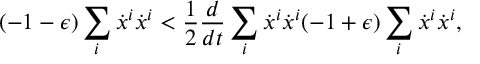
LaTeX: ( - 1 - \epsilon ) \sum _ { i } \dot { x } ^ { i } \dot { x } ^ { i } < \frac { 1 } { 2 } \frac { d } { d t } \sum _ { i } \dot { x } ^ { i } \dot { x } ^ { i } ( - 1 + \epsilon ) \sum _ { i } \dot { x } ^ { i } \dot { x } ^ { i } ,